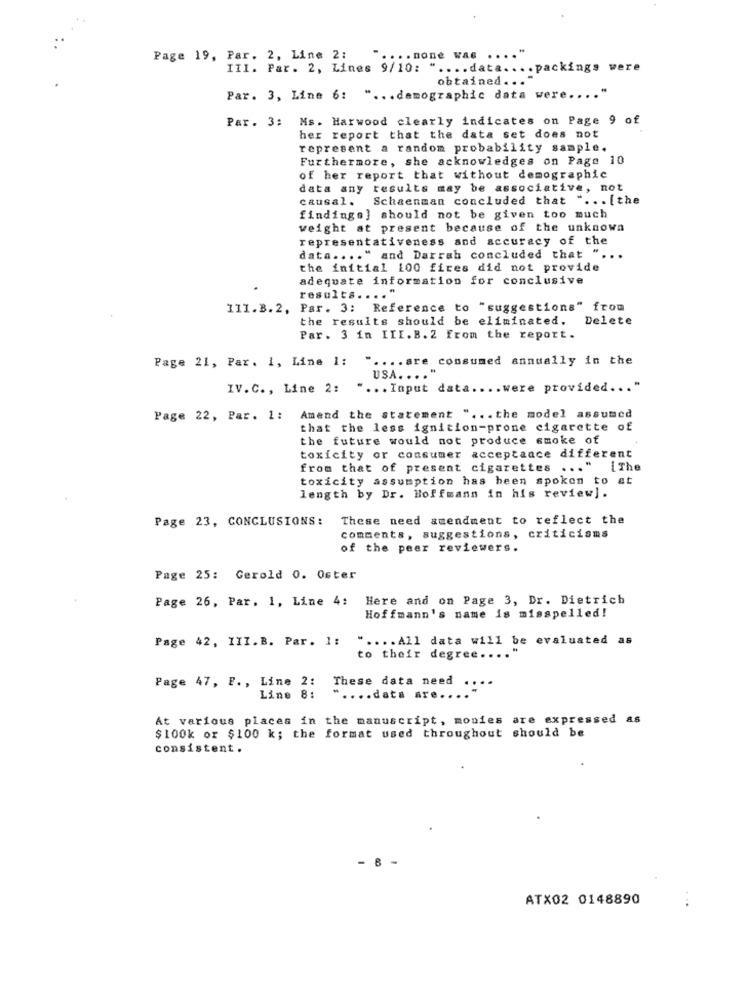
Page 19, Par. 2, Line 2:
.. none WAG
III. Par. 2, Lines 9/10: " .... data .... packings were
obtained ...
Par. 3, Line 6: " ... demographic data were ..
Par. 3: Ms. Harwood clearly indicates on Page 9 of
her report that the data set does not
represent a random probability sample.
Furthermore, she acknowledges on Page 10
of her report that without demographic
data any results may be associative, not
causal. Schaenman concluded that " ... [the
findings] should not be given too much
weight at present because of the unknown
representativeness and accuracy of the
data .... " and Darrah concluded that
the initial 100 fires did not provide
adequate information for conclusive
results ....
111.8.2,
Par. 3: Reference to "suggestions" from
the results should be eliminated.
Delete
Par. 3 in III.B. 2 from the report.
Page 21, Par. 1, Line 1:
" .... are consumed annually in the
USA. .. .
IV.C ., Line 2:
" ... Input data .... were provided ... "
Page 22, Par. 1:
Amend the statement " ... the model assumed
that the less ignition-prone cigarette of
the future would not produce smoke of
toxicity or consumer acceptance different
from that of present cigarettes ... "
[ The
toxicity assumption has been spoken to at
length by Dr. Hoffmann in his review].
Page 23, CONCLUSIONS:
These need amendment to reflect the
comments, suggestions, criticisms
of the peer reviewers.
Page 25: Gerold 0. Oster
Page 26, Par. 1, Line 4: Here and on Page 3, Dr. Dietrich
Hoffmann's name is misspelled!
Page 42, III.B. Par. 1:
" .... All data will be evaluated as
to their degree ....
Page 47, F ., Line 2:
These data need
Line 8:
" .... data are.
At various places in the manuscript, monies are expressed as
$100k or $100 k; the format used throughout should be
consistent.
- 8
ATX02 0148890
...